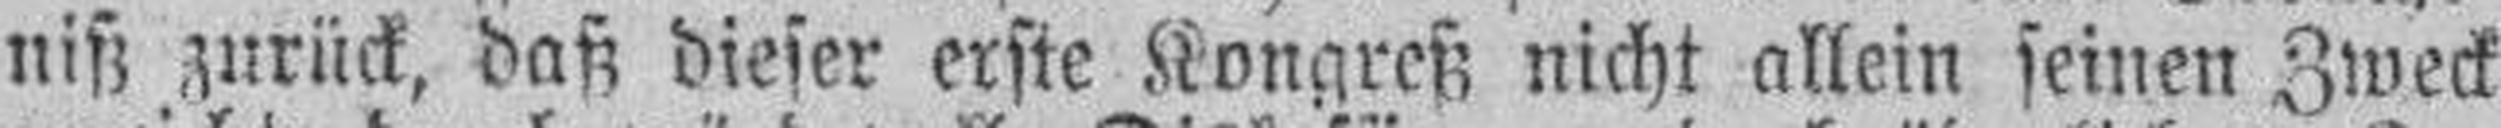
niß zurück, daß dieser erste Kongreß nicht allein seinen Zweck